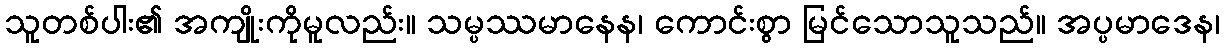
သူတစ်ပါး၏ အကျိုးကိုမူလည်း။ သမ္ပဿမာနေန၊ ကောင်းစွာ မြင်သောသူသည်။ အပ္ပမာဒေန၊